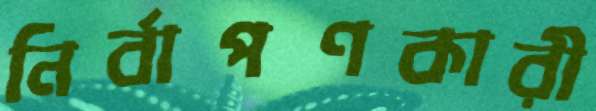
নির্বাপণকারী